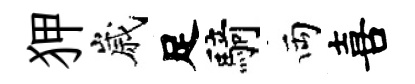
狎嵗足騎両喜